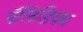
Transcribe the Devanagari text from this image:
पॅलिडियम